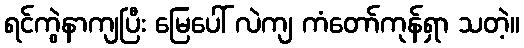
ရင်ကွဲနာကျပြီး မြေပေါ် လဲကျ ကံတော်ကုန်ရှာ သတဲ့။